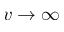
v \rightarrow \infty